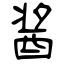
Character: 酱